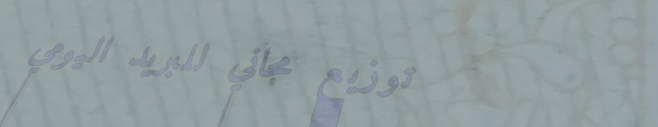
توزيع مجاني للبريد اليومي